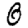
Digit: 0